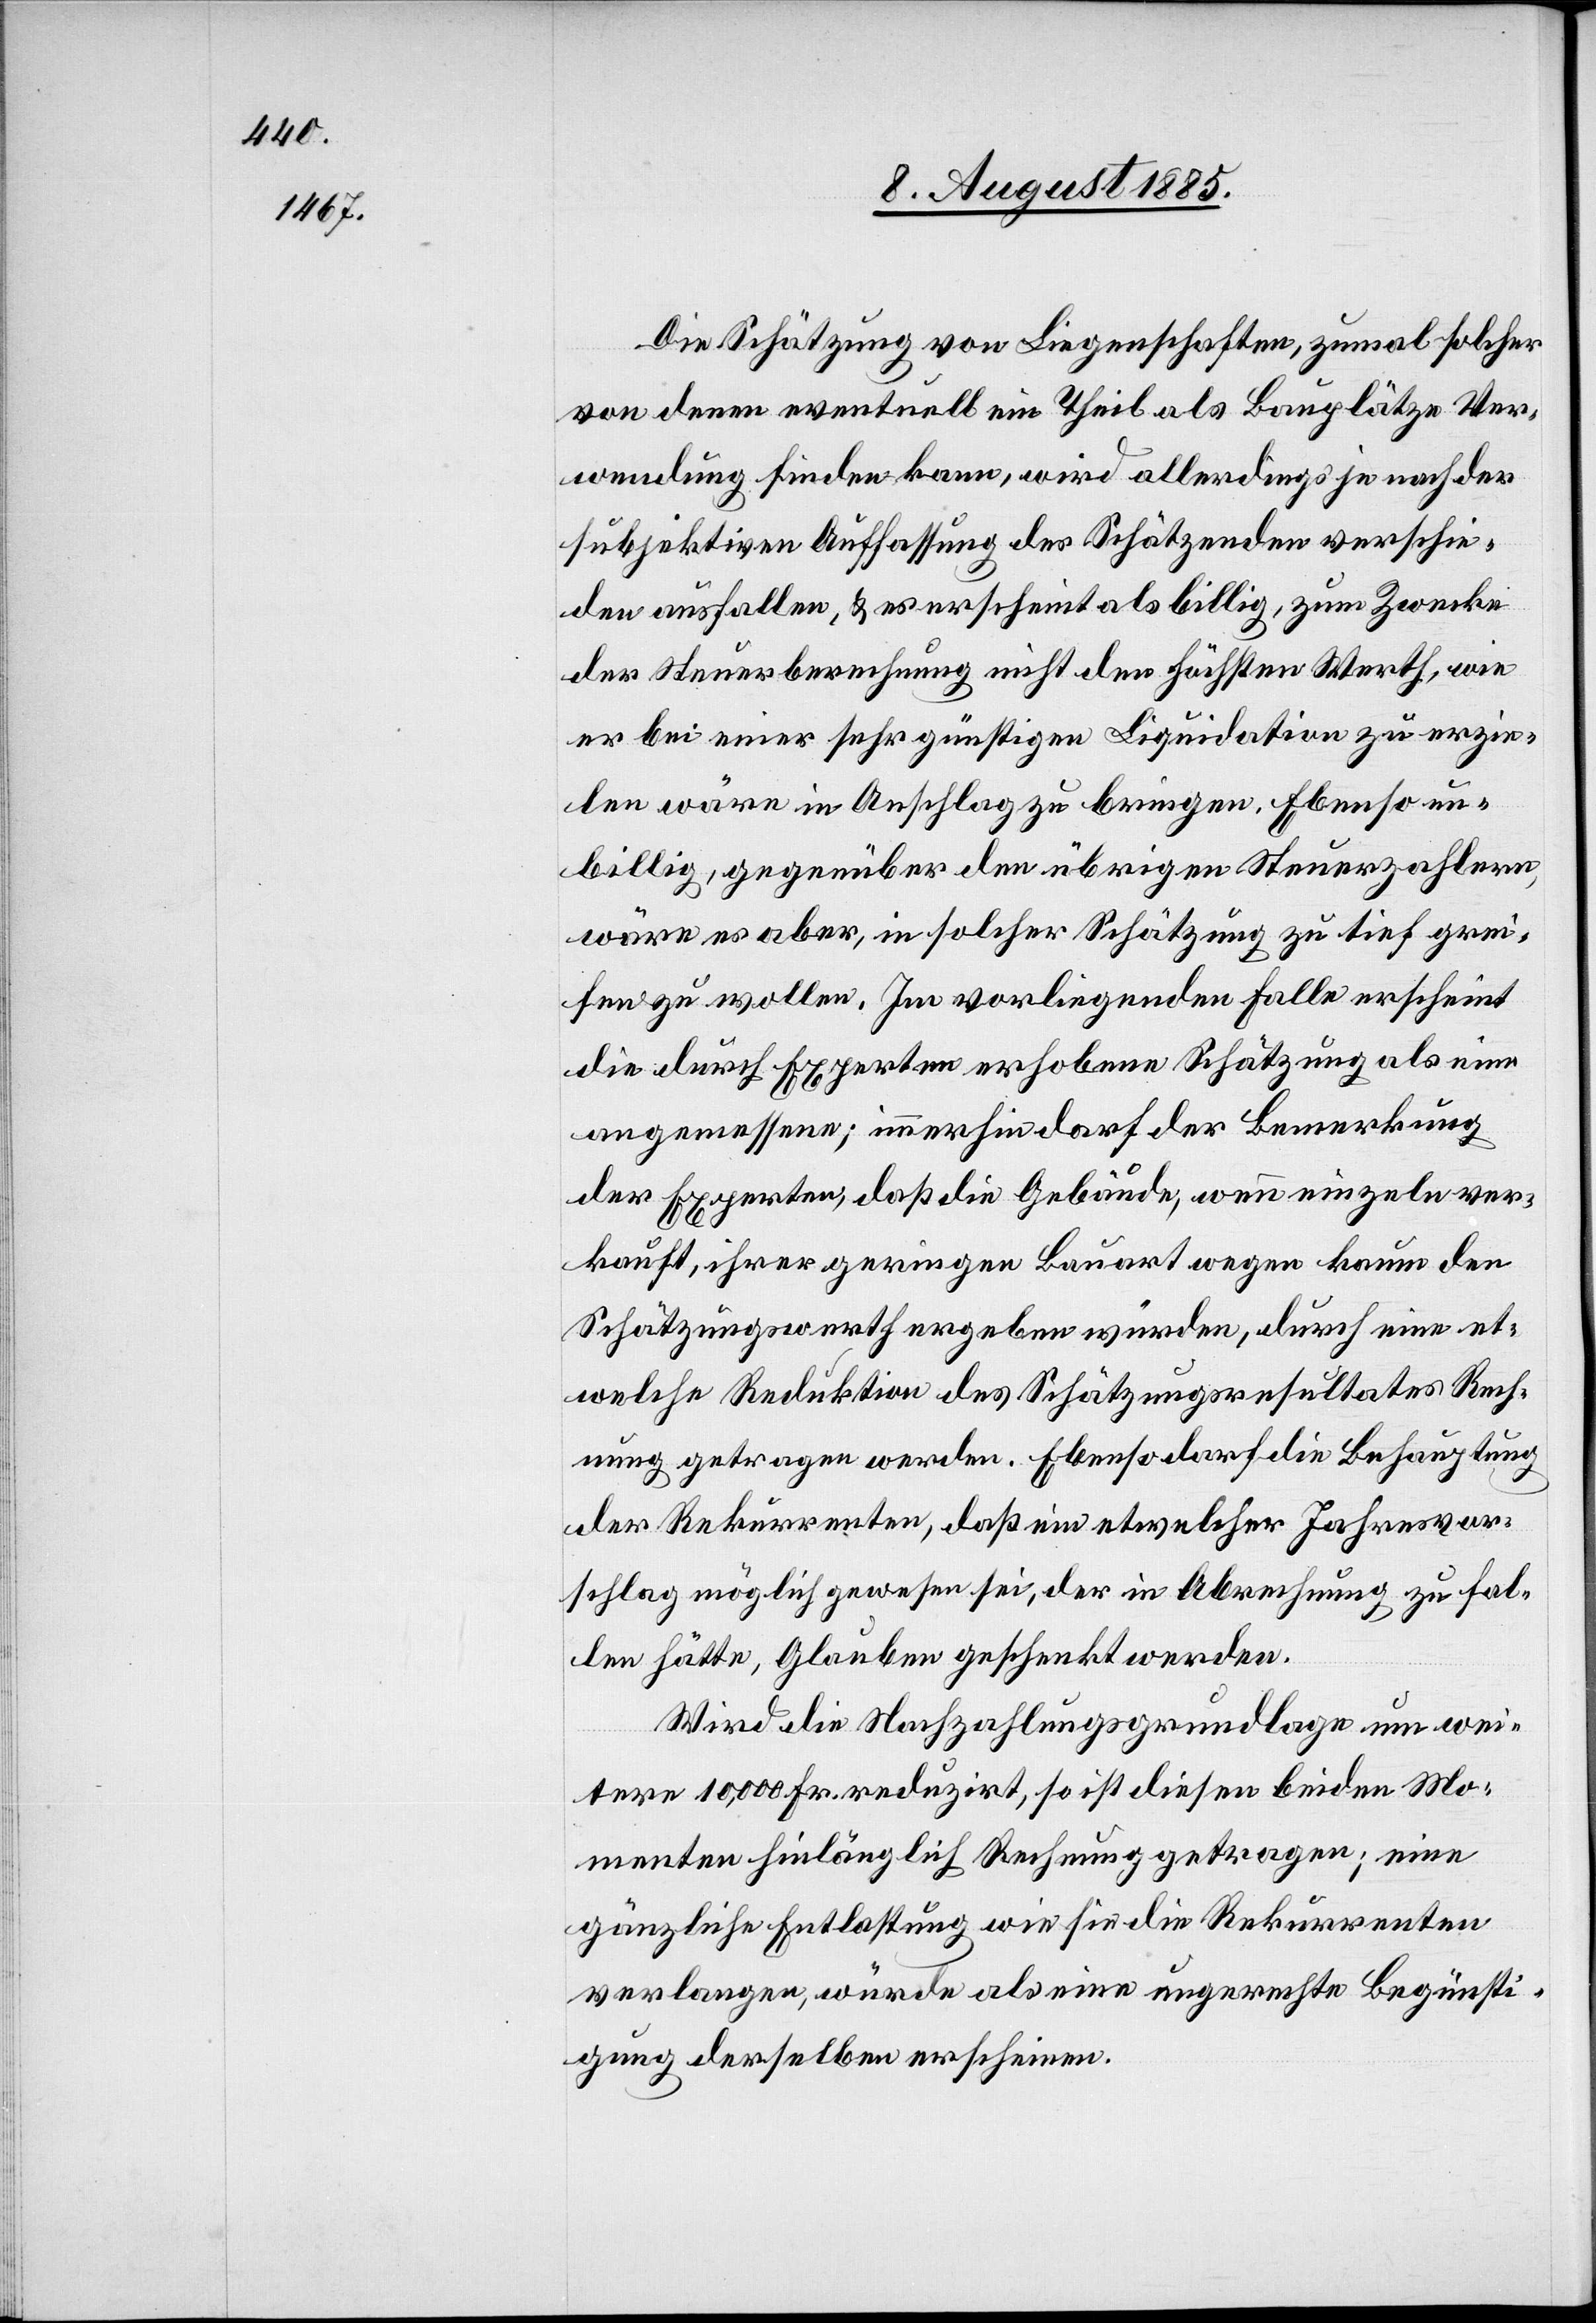
Die Schätzung von Liegenschaften, zumal solcher
von denen eventuell ein Theil als Bauplätze Ver¬
wendung finden kann, wird allerdings je nach der
subjektiven Auffassung des Schätzenden verschie¬
den ausfallen, & es erscheint als billig, zum Zwecke
der Steuerrechnung nicht den höchsten Werth, wie
er bei einer sehr günstigen Liquidation zu erzie¬
len wäre in Anschlag zu bringen. Ebenso un¬
billig, gegenüber den übrigen Steuerzahlern,
wäre es aber, in solcher Schätzung zu tief grei¬
fen zu wollen. Im vorliegenden Falle erscheint
die durch Experten erhobene Schätzung als eine
angemessene; immerhin darf der Bemerkung
der Experten, daß die Gebäude, wenn einzeln ver¬
kauft, ihrer geringen Bauart wegen kaum den
Schätzungswerth ergeben würden, durch eine et¬
welche Reduktion des Schätzungsresultates Rech¬
nung getragen werden. Ebenso darf die Behauptung
der Rekurrenten, daß ein etwelcher Jahresvor¬
schlag möglich gewesen sei, der in Abrechnung zu fal¬
len hätte, Glauben geschenkt werden.
Wird die Nachzahlungsgrundlage um wei¬
tere 10,000 Fr. reduzirt, so ist diesen beiden Mo¬
menten hinlänglich Rechnung getragen; eine
gänzliche Entlastung wie sie die Rekurrenten
verlangen, würde als eine ungerechte Begünsti¬
gung derselben erscheinen.